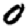
Digit: 0